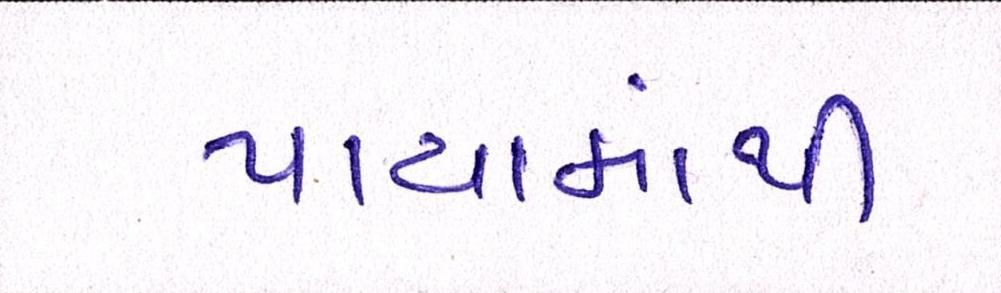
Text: પાયામાંથી